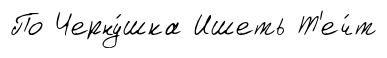
По Черну́шка Ишеть Т'еч́т